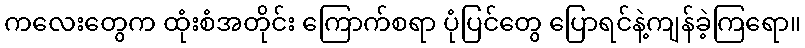
ကလေးတွေက ထုံးစံအတိုင်း ကြောက်စရာ ပုံပြင်တွေ ပြောရင်နဲ့ကျန်ခဲ့ကြရော။